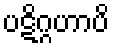
ပဋိဂ္ဂဟာပိ